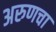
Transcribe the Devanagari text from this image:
अरुणचा